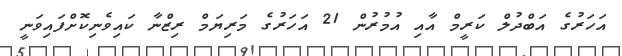
އަހަރުގެ އަބްދުލް ކަރީމް އާއި އުމުރުން 21 އަހަރުގެ މަރިޔަމް ރިޒްނާ ކައިވެނިކޮށްފައިވަނީ